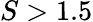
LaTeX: S>1.5